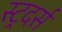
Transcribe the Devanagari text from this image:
स्ट्रदर्स